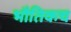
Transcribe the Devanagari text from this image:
भौतिकच